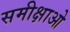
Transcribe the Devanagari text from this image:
समीक्षाओ